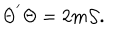
LaTeX: \Theta ^ { ' } \Theta = 2 m { \cal { S } } .